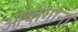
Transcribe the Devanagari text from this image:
आयोगांना